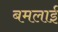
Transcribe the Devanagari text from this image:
बमलाई